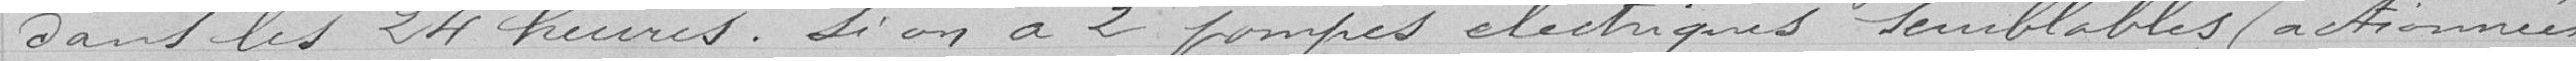
dans les 24 heures. Si on a 2 pompes électriques semblables (actionnées